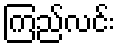
ကြည်လင်း